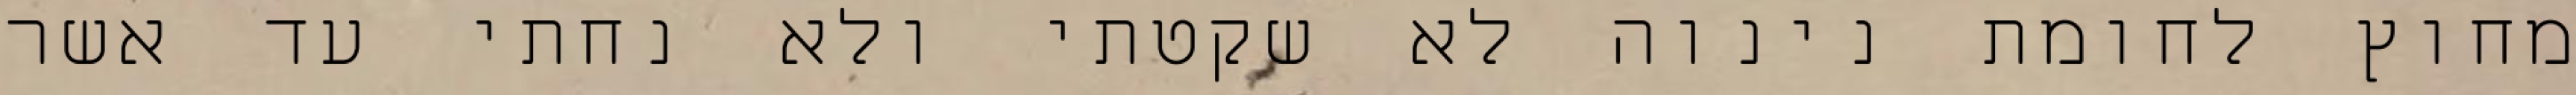
מחוץ לחומת נינוה לא שקטתי ולא נחתי עד אשר